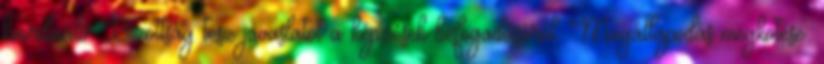
koordináló Bizottság tesz javaslatot a képzések befogadásáról. Megállapodás megkötése: